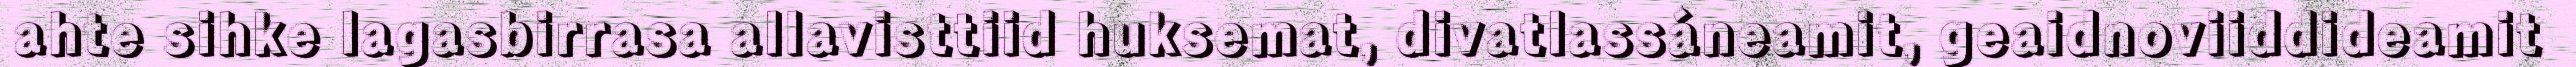
ahte sihke lagasbirrasa allavisttiid huksemat, divatlassáneamit, geaidnoviiddideamit